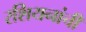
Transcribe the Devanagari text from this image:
रशियनांची